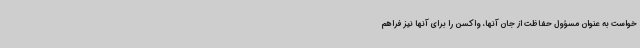
خواست به عنوان مسؤول حفاظت از جان آنها، واکسن را برای آنها نیز فراهم